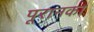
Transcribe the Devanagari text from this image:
पूरानका